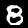
Digit: 8